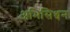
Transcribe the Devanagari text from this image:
अभिसिञ्चन